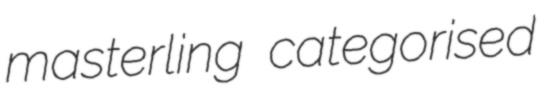
masterling categorised